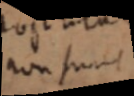
non sunt